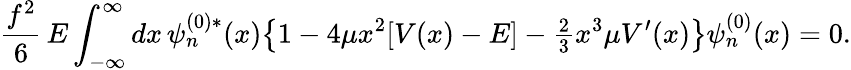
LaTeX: \frac{f^{2}}{6}\, E\int_{-\infty}^{\infty}dx\, \psi_{n}^{(0)*}(x)\bigl\{ 1-4\mu x^{2}[V(x)-E]-{\textstyle\frac{2}{3}}x^{3}\mu V^{\prime}(x)\bigr\} \psi_{n}^{(0)}(x)=0.